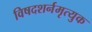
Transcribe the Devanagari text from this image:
विषदशर्नमृत्युक